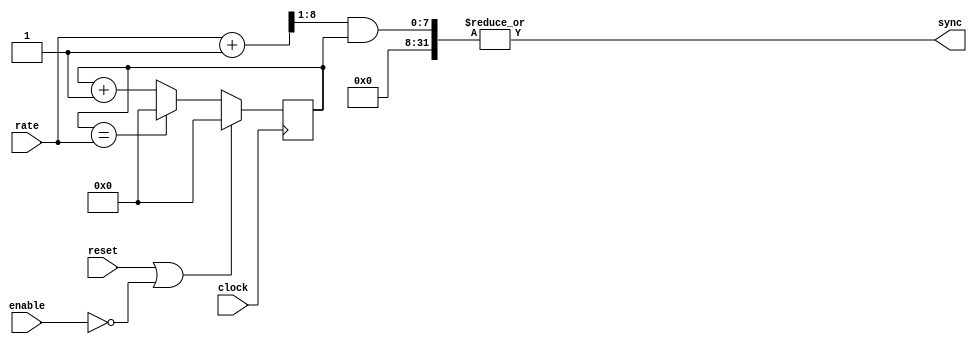
// -*- verilog -*-
//
//  USRP - Universal Software Radio Peripheral
//
//  Copyright (C) 2003 Matt Ettus
//
//  This program is free software; you can redistribute it and/or modify
//  it under the terms of the GNU General Public License as published by
//  the Free Software Foundation; either version 2 of the License, or
//  (at your option) any later version.
//
//  This program is distributed in the hope that it will be useful,
//  but WITHOUT ANY WARRANTY; without even the implied warranty of
//  MERCHANTABILITY or FITNESS FOR A PARTICULAR PURPOSE.  See the
//  GNU General Public License for more details.
//
//  You should have received a copy of the GNU General Public License
//  along with this program; if not, write to the Free Software
//  Foundation, Inc., 51 Franklin Street, Boston, MA  02110-1301  USA
//

module gen_sync
  ( input clock,
    input reset,
    input enable,
    input [7:0] rate,
    output wire sync );
   
//   parameter width = 8;
   
   reg [7:0] counter;
   assign sync = |(((rate+1)>>1)& counter);
      
   always @(posedge clock)
     if(reset || ~enable)
       counter <= #1 0;
     else if(counter == rate)
       counter <= #1 0;
     else 
       counter <= #1 counter + 8'd1;
   
endmodule // gen_sync